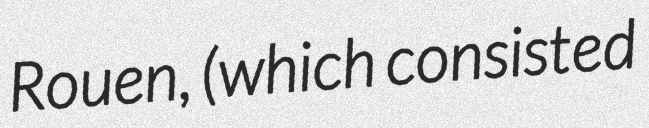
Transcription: Rouen, (which consisted